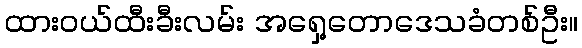
ထားဝယ်ထီးခီးလမ်း အရှေ့တောဒေသခံတစ်ဦး။